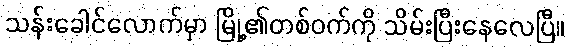
သန်းခေါင်လောက်မှာ မြို့၏တစ်ဝက်ကို သိမ်းပြီးနေလေပြီ။